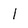
Character: l